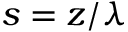
s = z / \lambda